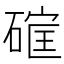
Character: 𮀳